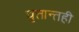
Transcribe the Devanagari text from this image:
वृत्तान्तही